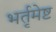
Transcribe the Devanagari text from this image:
भर्तृमेष्ट